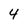
Character: 4